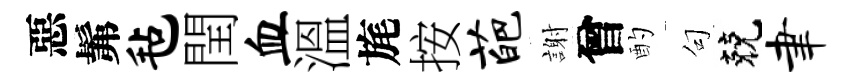
惡髴毡閏血溫旄按葩謝曾酌句兢聿